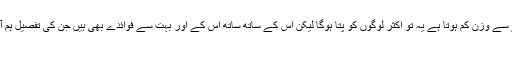
لیموں پانی پینے سے وزن کم ہوتا ہے یہ تو اکثر لوگوں کو پتا ہوگا لیکن اس کے ساتھ ساتھ اس کے اور بہت سے فوائدے بھی ہیں جن کی تفصیل ہم آپ کوبتاتے ہیں:
1۔